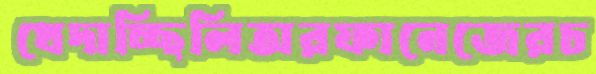
খেদাচ্ছিলিঅরফানেজেরচ